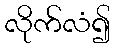
လိုက်လံ၍